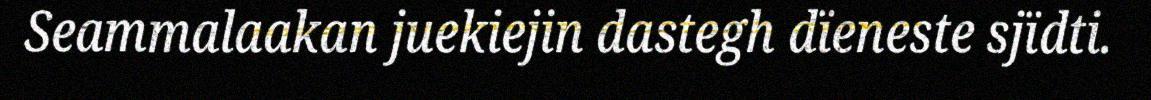
Seammalaakan juekiejin dastegh dïeneste sjïdti.